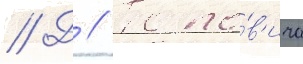
// Д // Попо́в'ича